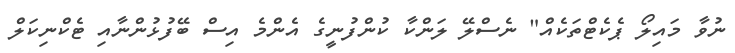
ނުވާ މައިލޯ ޕެކެޓްތަކެއް" ނެސްލޭ ލަންކާ ކުންފުނީގެ އެންމެ އިސް ބޭފުޅުންނާއި ޓެކްނިކަލް